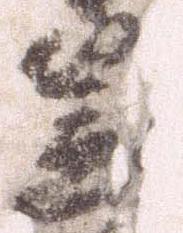
笠